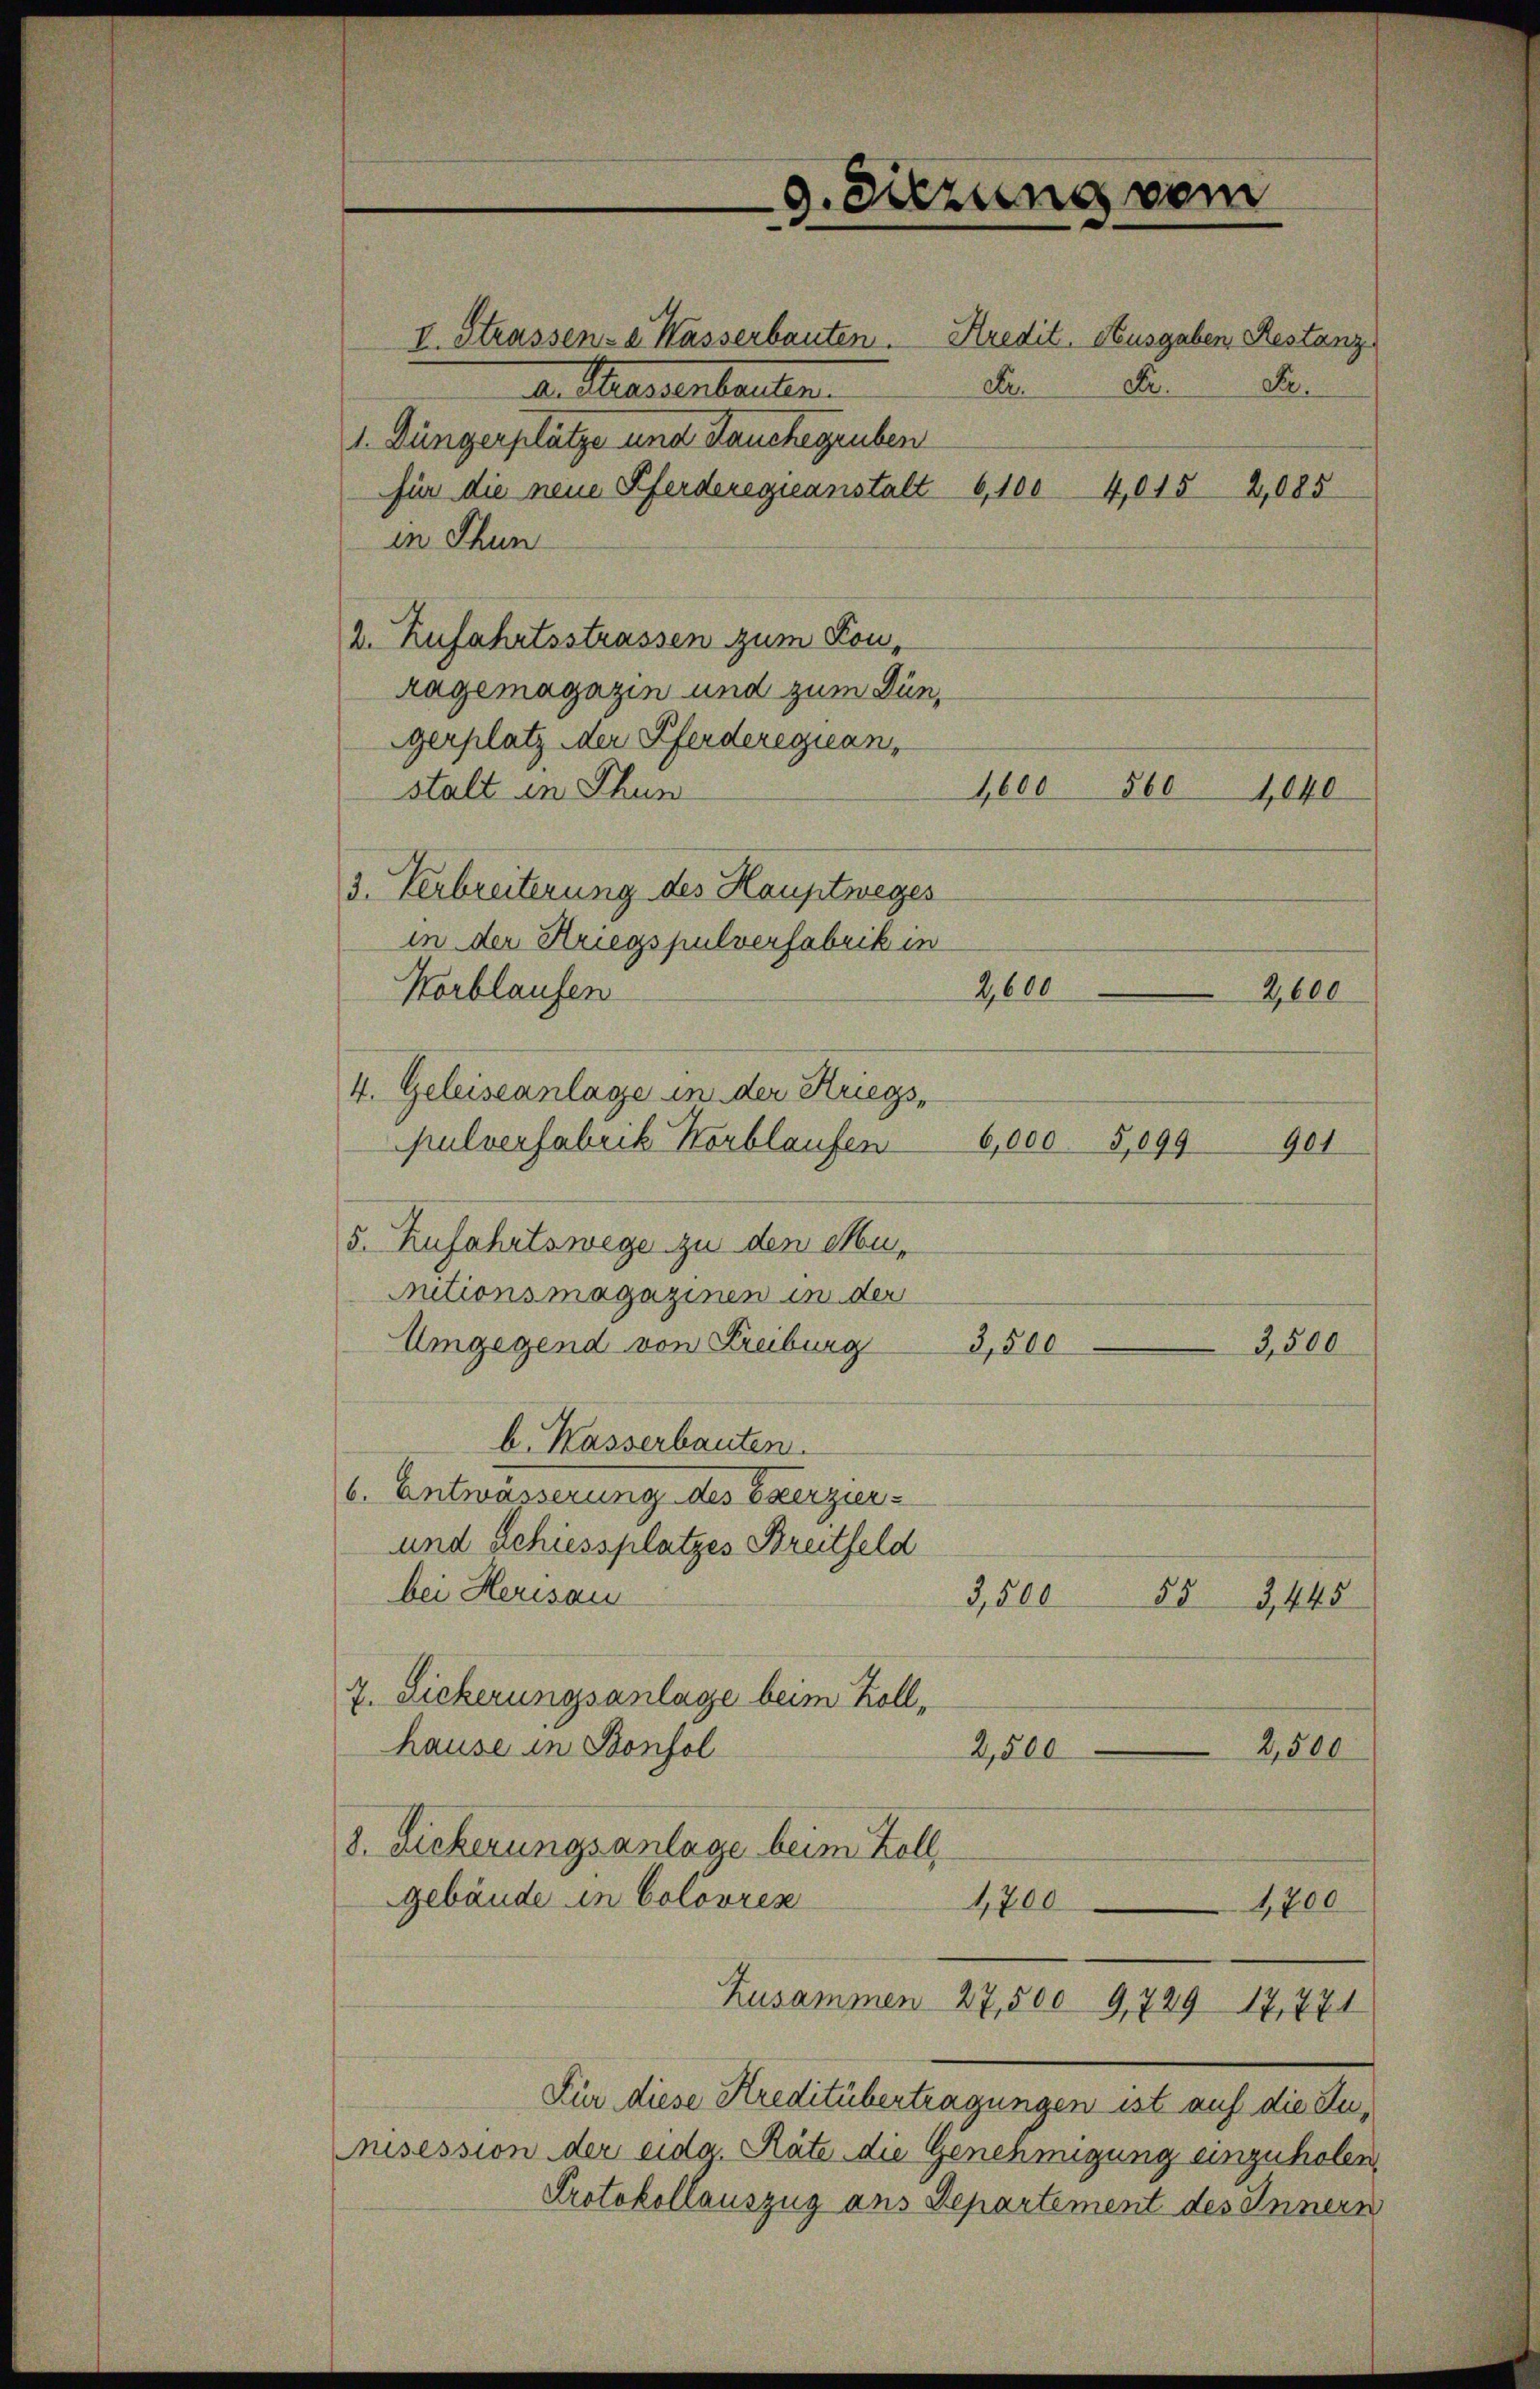
I. Strassen- Wasserbauten. Kredit. Ausgaben, Restanz
de Massenbauten.
1. Düngerplätze und Jauchegruben
für die neue Pferderegieanstalt 6,100 4,015 2,085
in Thun
2. Zufahrtsstrassen zum Ton,
ragemagazin und zum Düngerplatz der Pferderegian,
stalt in Thun
3. Verbreiterung des Hauptweges
in der Kriegspulverfabrik in
G,600
Horblaufen
2,600
4. Geleiseanlage in der Kriegs,
pulverfabrik Horblaufen
6,000 5,099 901
5. Zufahrtswege zu den Mu¬
Autionsmagazinen in der
Umgegend von Freiburg
3,500
3,500
b. Kasserbauten.
6. Entwässerung des Exerzier-
und Schiessplatzes Breitfeld
bei Herisau
55
3,500
3,445
7. Sicherungsanlage beim Zoll¬
2,500
hause in Bonsol
2,500
8. Lickerungsanlage beim Zoll
gebäude in Coloren
1,700
1,800
Zusammen 27,500 9,729 17,771
Für diese Kreditübertragungen ist auf die Zunisession der eidg. Räte die Genehmigung einzuholen,
Protokollauszug aus Departement des Innern

9. Sitzung vom

1,600 560

Dr Dr. Se

4040